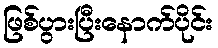
ဖြစ်ပွားပြီးနောက်ပိုင်း